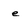
Character: e